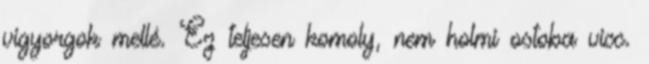
vigyorgok mellé. Ez teljesen komoly, nem holmi ostoba vicc.